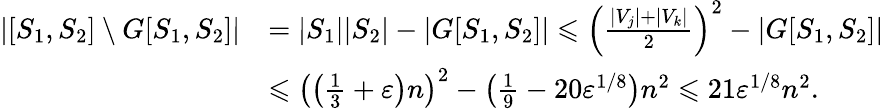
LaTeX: \begin{array}{rl}{|[S_{1},S_{2}]\setminus G[S_{1},S_{2}]|}&{=|S_{1}||S_{2}|-|G[S_{1},S_{2}]|\leqslant\left(\frac{|V_{j}|+|V_{k}|}{2}\right)^{2}-|G[S_{1},S_{2}]|}\\ &{\leqslant\left(\left(\frac{1}{3}+\varepsilon\right)n\right)^{2}-\left(\frac{1}{9}-20\varepsilon^{1/8}\right)n^{2}\leqslant 21\varepsilon^{1/8}n^{2}.}\end{array}